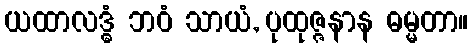
ယထာလဒ္ဓံ ဘဝံ သာယံ, ပုထုဇ္ဇနာန ဓမ္မတာ။